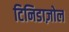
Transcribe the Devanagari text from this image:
टिनिडाज़ोल